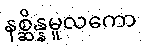
နစ္ဆိန္နမူလကော